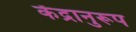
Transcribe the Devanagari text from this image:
केंद्रानुरूप